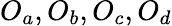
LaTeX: O_{a},O_{b},O_{c},O_{d}